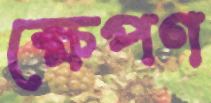
ক্ষেপণ